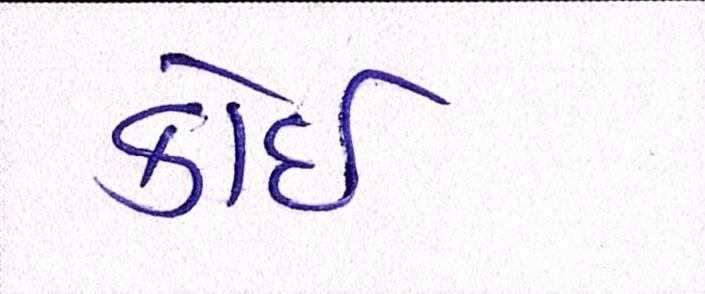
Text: કોઈ